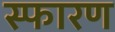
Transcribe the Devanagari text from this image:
स्फारण